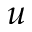
u